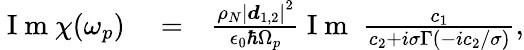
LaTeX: \begin{array}{rlr}{\mathrm{~I~m~}\chi(\omega_{p})}&{{}=}&{\frac{\rho_{N}\left|\boldsymbol d_{1,2}\right|^{2}}{\epsilon_{0}\hbar\Omega_{p}}\mathrm{~I~m~}\; \frac{c_{1}}{c_{2}+i\sigma\Gamma(-ic_{2}/\sigma)},}\end{array}